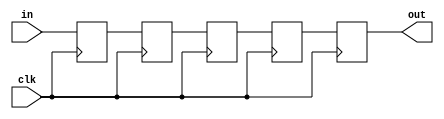
module pipe_2stage_data(out,in,clk);
input [29:0]in;
input clk;
output reg [29:0]out;
reg [29:0]pipe1,pipe2,pipe3,pipe4;
always@(posedge clk) begin
pipe1<=in;
pipe2<=pipe1;
pipe3<=pipe2;
pipe4<=pipe3;
out<=pipe4; end
endmodule